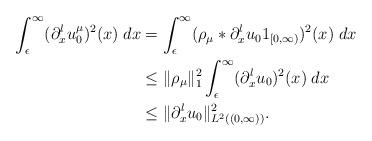
LaTeX: \begin{align*}\int_\epsilon^\infty (\partial_x^lu_0^\mu)^2(x) \; dx&= \int_\epsilon^\infty (\rho_\mu\ast\partial_x^lu_01_{[0,\infty)})^2(x) \; dx \\&\leq \|\rho_\mu\|_1^2 \int_\epsilon^\infty (\partial_x^lu_0)^2(x) \; dx \\&\leq \|\partial_x^lu_0\|_{L^2((0,\infty))}^2.\end{align*}